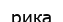
рика